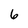
Character: 6